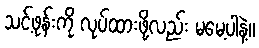
သင့်ဖုန်းကို လုပ်ထားဖို့လည်း မမေ့ပါနဲ့။